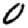
Digit: 0